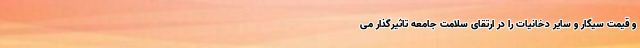
و قیمت سیگار و سایر دخانیات را در ارتقای سلامت جامعه تاثیرگذار می